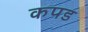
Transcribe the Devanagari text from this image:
कपड